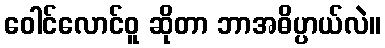
ဝေါင်လောင်ဝူ ဆိုတာ ဘာအဓိပ္ပာယ်လဲ။